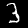
Digit: 3